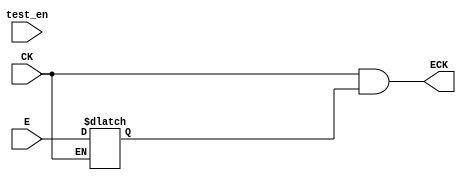
module CLK_GATE
(
input  E       ,
input  CK      ,
input test_en  ,
output ECK     
);

reg latch_out ;

always @(CK or E)
begin
	if(!CK)
	  begin
    latch_out <= E;
	  end	
end


assign ECK = CK && latch_out ;



// ((( IMPORTANT ))) At synthesing replace inst above this line with the full custom ICG from the std library beneath this line to overcome wiring delays


// TLATNCAX3M ICG_DUT
// (
// .E (E | test_en) ,        // Note here I added oring with test_en for dft purpose in case of no DFT remove it and remove it also from port list
// .CK(CK)    , 
// .ECK(ECK)   
// );





endmodule